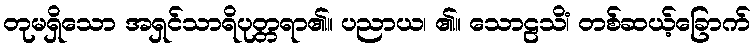
တုမရှိသော အရှင်သာရိပုတ္တရာ၏။ ပညာယ၊ ၏။ သောဠသိံ၊ တစ်ဆယ့်ခြောက်